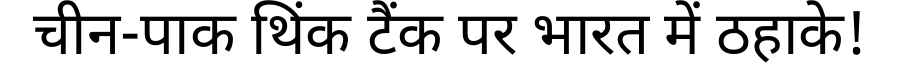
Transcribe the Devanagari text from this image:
चीन-पाक थिंक टैंक पर भारत में ठहाके!